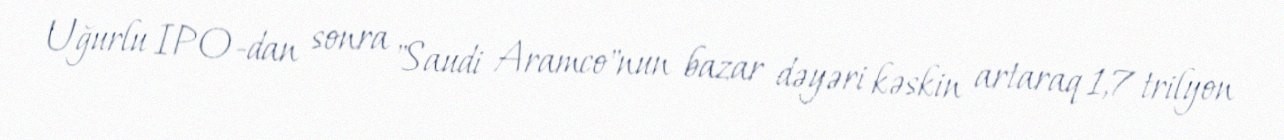
Uğurlu IPO-dan sonra "Saudi Aramco"nun bazar dəyəri kəskin artaraq 1,7 trilyon